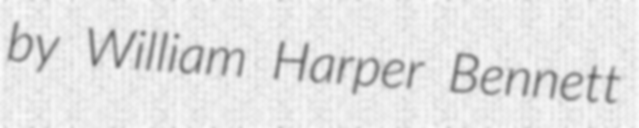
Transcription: by William Harper Bennett